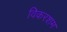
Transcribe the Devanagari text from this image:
विकरशम